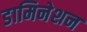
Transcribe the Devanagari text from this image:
डामिनेशन